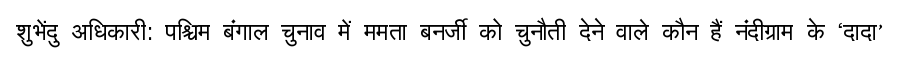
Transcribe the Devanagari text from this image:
शुभेंदु अधिकारी: पश्चिम बंगाल चुनाव में ममता बनर्जी को चुनौती देने वाले कौन हैं नंदीग्राम के ‘दादा’